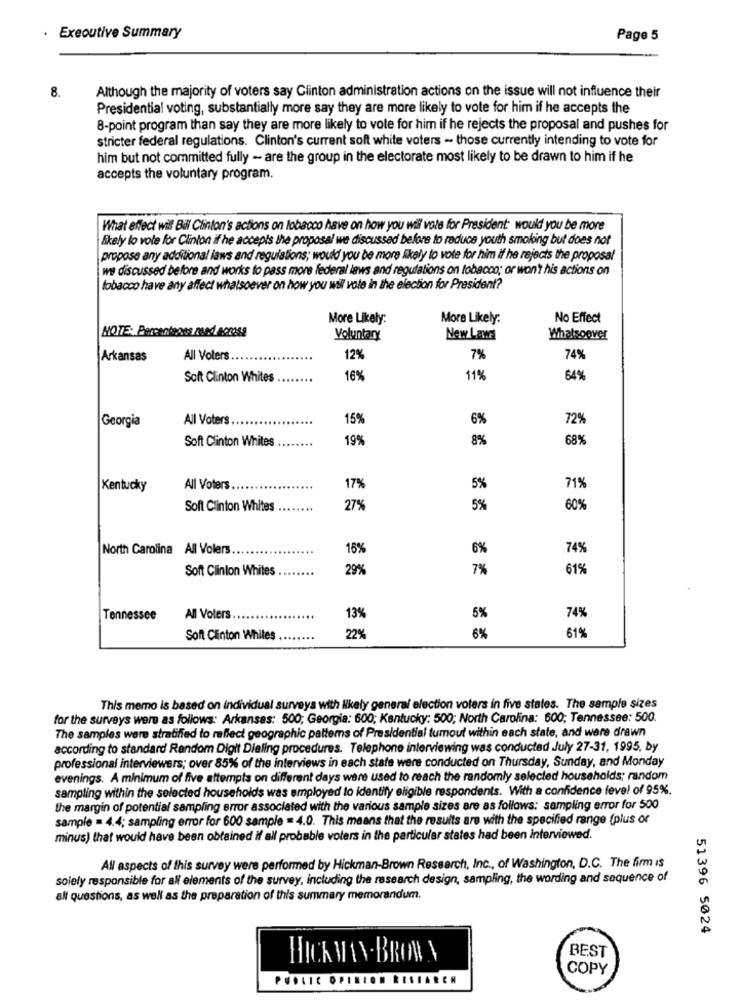
. Executive Summary
Page 5
8.
Although the majority of voters say Clinton administration actions on the issue will not influence their
Presidential voting, substantially more say they are more likely to vote for him if he accepts the
8-point program than say they are more likely to vote for him if he rejects the proposal and pushes for
stricter federal regulations. Clinton's current soft white voters - those currently intending to vote for
him but not committed fully - are the group in the electorate most likely to be drawn to him if he
accepts the voluntary program.
What effect will Bill Clinton's actions on tobacco have on how you wil vote for President: would you be more
Skely to vote for Clinton if he accepts the proposal we discussed before to reduce youth smoking but does not
propose any additional laws and regulations; would you be more likely to vote for him if he rejects the proposal
we discussed before and works to pass mons federal laws and regulations on tobacco; or won't his actions on
tobacco have any affect whatsoever on how you wil vole in the election for President?
More Likely:
More Likely:
No Effect
NOTE: Percenteges med across
Voluntary
New Laws
Whatsoover
Arkansas
All Voters
12%
7%
74%
Soft Clinton Whites
16%
119
64%
Georgia
All Voters.
15%
6%
72%
Soft Clinton Whites
19%
8%
68%
Kentucky
All Voters.
17%
5%
71%
Soft Clinton Whites
27%
5%
60%
North Carolina All Volers
16%
6%
74%
Soft Clinton Whites
29%
7%
61%
Tennessee
All Voters
13%
5%
74%
Soft Clinton Whiles
22%
6%
61%
This memo is based on individual surveys with likely general election voters in five states. The sample sizes
for the surveys were as follows: Arkansas: 500; Georgia: 600; Kentucky: 500; North Carolina: 600; Tennessee: 500.
The samples were stratified to reflect geographic pattems of Presidential tumout within each state, and were drawn
according to standard Random Digit Dialing procedures. Telephone interviewing was conducted July 27-31, 1995, by
professional interviewers; over 85% of the interviews in each state were conducted on Thursday, Sunday, and Monday
evenings. A minimum of five attempts on different days were used to reach the randomly selected households; random
sampling within the selected households was employed to identify eligible respondents. With a confidence level of 95%.
the margin of potential sampling error associated with the various sample sizes are as follows: sampling error for 500
sample = 4.4; sampling error for 600 sample = 4.0. This means that the results are with the specified range (plus or
minus) that would have been obtained if all probable voters in the particular states had been interviewed.
All aspects of this survey were performed by Hickman-Brown Research, Inc ., of Washington, D.C. The firm is
solely responsible for all elements of the survey, including the research design, sampling, the wording and sequence of
all questions, as well as the preparation of this summary memorandum.
51396 5024
HICK MAN. BROWN
BEST
COPY
PUSLIC OPINION RISIAREN